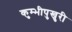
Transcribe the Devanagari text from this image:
कुम्भीपुखुरी